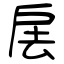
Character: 㧁